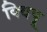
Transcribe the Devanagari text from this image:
क्विपू